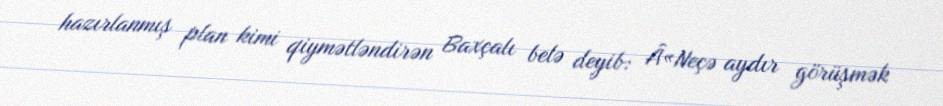
hazırlanmış plan kimi qiymətləndirən Baxçalı belə deyib: Â«Neçə aydır görüşmək